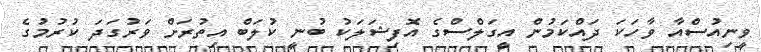
ވީނިއުސްއާ ވާހަކަ ދައްކަމުން އީގަލްސްގެ އޮފިޝަލަކު ބުނީ ކުލަބް އިތުރަށް ވަރުގަދަ ކުރުމުގެ